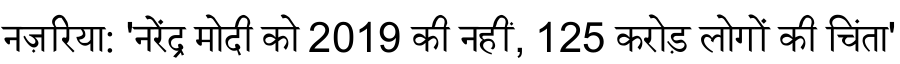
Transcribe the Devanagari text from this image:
नज़रिया: 'नरेंद्र मोदी को 2019 की नहीं, 125 करोड़ लोगों की चिंता'